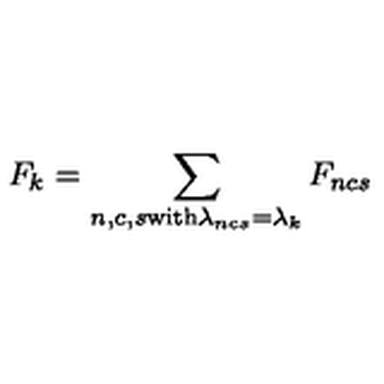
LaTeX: F _ { k } = \sum _ { n , c , s { \mathrm { \scriptsize { w i t h } } } \lambda _ { n c s } = \lambda _ { k } } F _ { n c s }